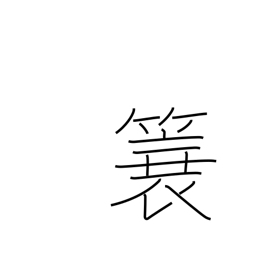
Meaning: straw raincoat